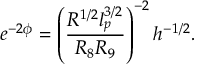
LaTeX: e ^ { - 2 \phi } = \left( \frac { R ^ { 1 / 2 } l _ { p } ^ { 3 / 2 } } { R _ { 8 } R _ { 9 } } \right) ^ { - 2 } h ^ { - 1 / 2 } .